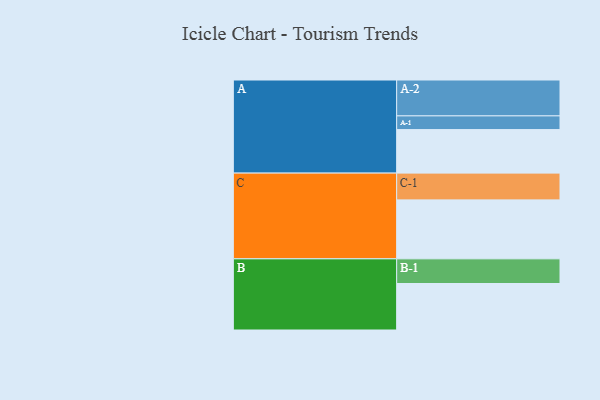
{"axis": {"x": "Segment", "y": "Value"}, "legend": ["", "A", "B", "C"], "data": [{"x": "A", "y": 353, "type": ""}, {"x": "B", "y": 377, "type": ""}, {"x": "C", "y": 478, "type": ""}, {"x": "A-1", "y": 111, "type": "A"}, {"x": "A-2", "y": 291, "type": "A"}, {"x": "B-1", "y": 200, "type": "B"}, {"x": "C-1", "y": 217, "type": "C"}]}